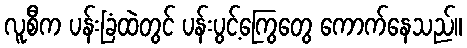
လူစီက ပန်းခြံထဲတွင် ပန်းပွင့်ကြွေတွေ ကောက်နေသည်။